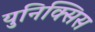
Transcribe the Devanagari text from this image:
युनिक्सिस